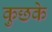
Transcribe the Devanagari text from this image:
कुछके